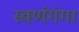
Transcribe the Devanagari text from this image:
स्वर्णगंगा